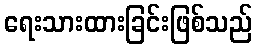
ရေးသားထားခြင်းဖြစ်သည်